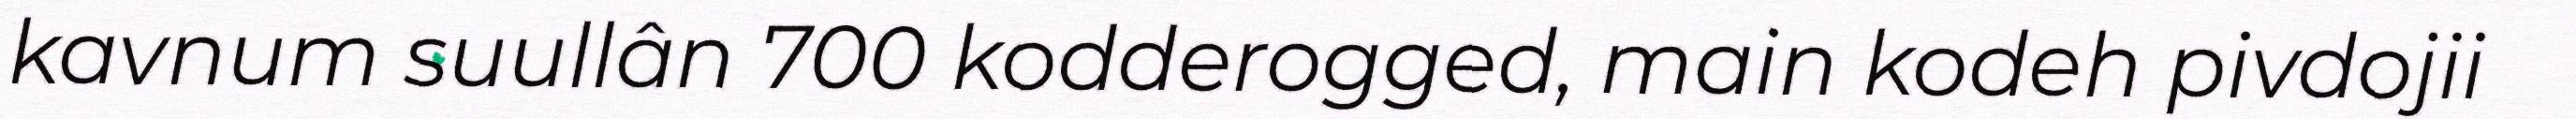
kavnum suullân 700 kodderogged, main kodeh pivdojii